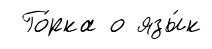
Го́рка о язы́к